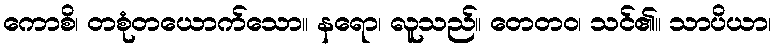
ကောစိ၊ တစုံတယောက်သော။ နရော၊ လူသည်။ တေတဝ၊ သင်၏။ သာပိယာ၊